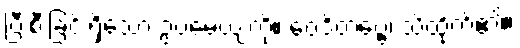
ပြီးစီးခြင်းရှိသော ဥပမေယျကို။ ဝေဒိတဗ္ဗေ၊ သိထိုက်၏။